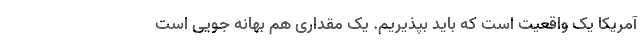
آمریکا یک واقعیت است که باید بپذیریم. یک مقداری هم بهانه جویی است